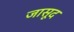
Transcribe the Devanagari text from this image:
जासूद